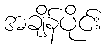
အချိန်ပိုင်း